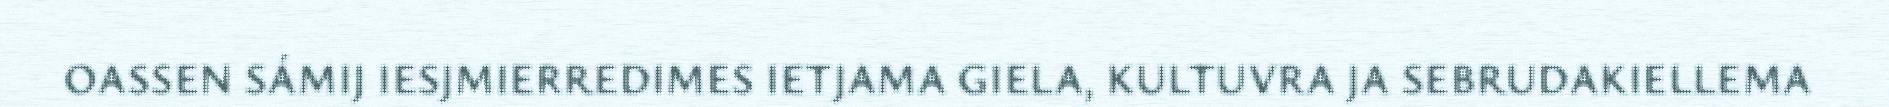
OASSEN SÁMIJ IESJMIERREDIMES IETJAMA GIELA, KULTUVRA JA SEBRUDAKIELLEMA